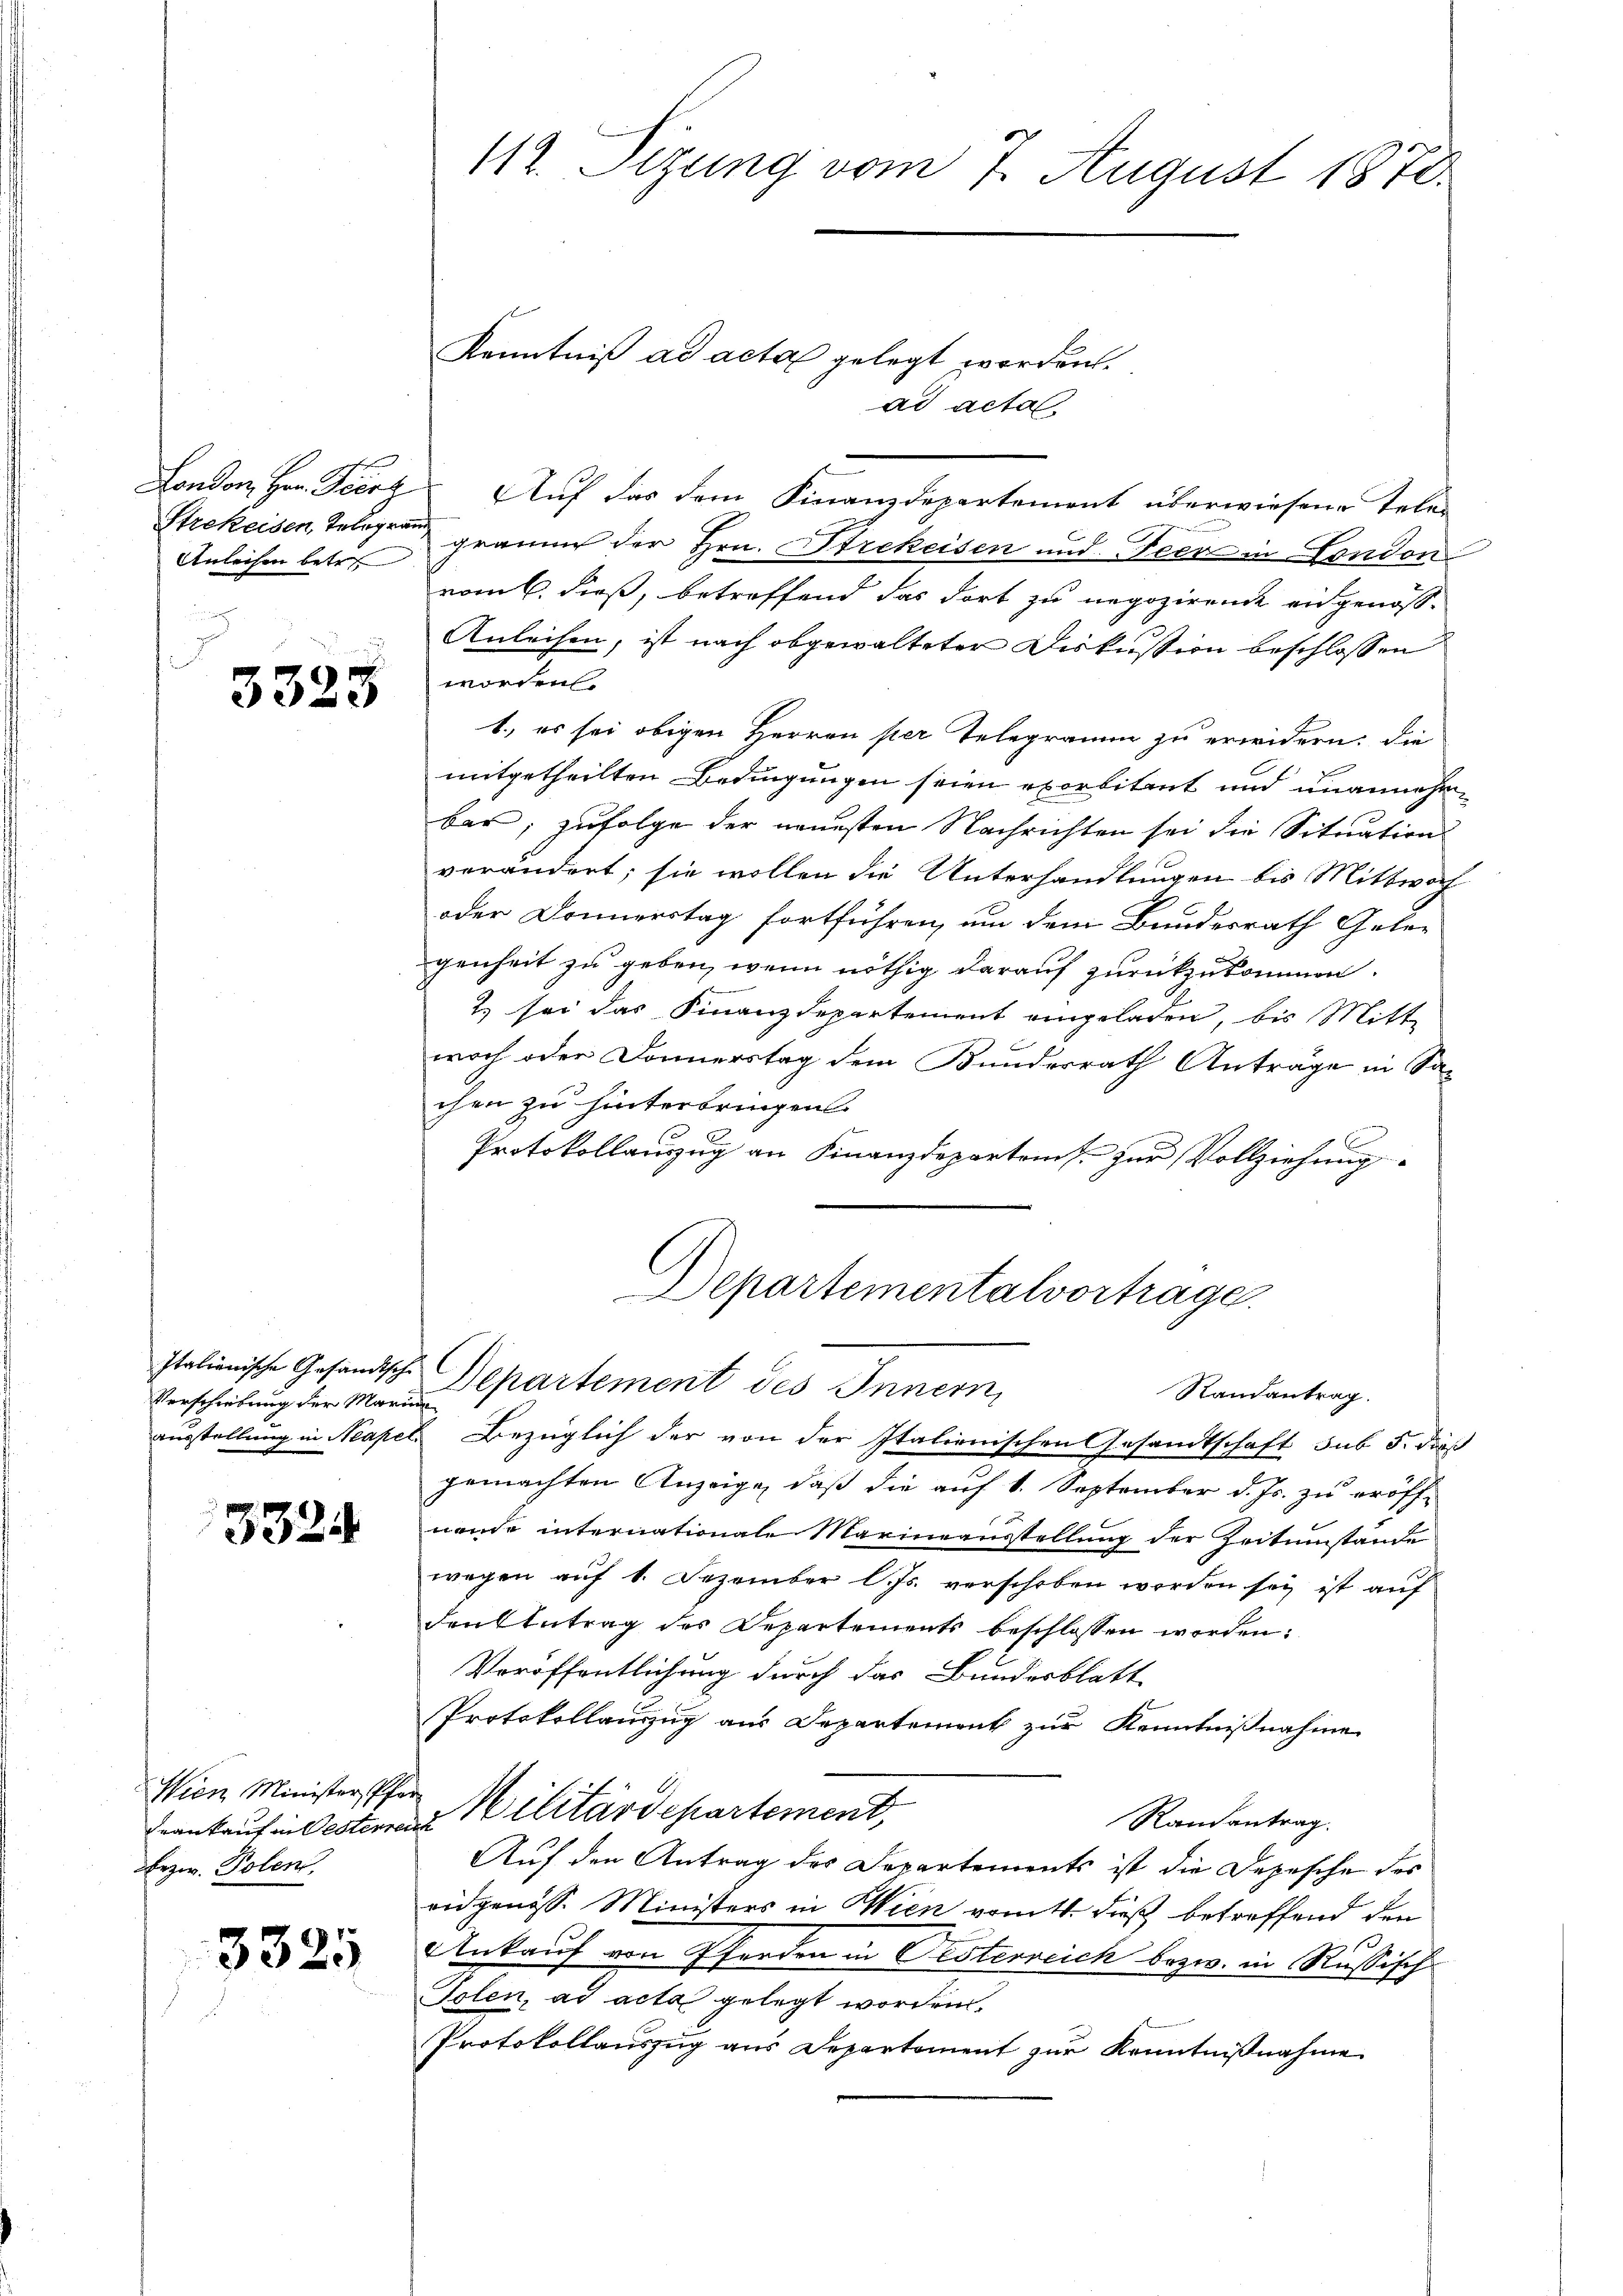
Anleihen betreff

3323

Italienische Gesandtsche
Verschiebung der Marian

3324

Wien Minister, Pf
Frankauf in Oesterre
bezw. Polen.

3325

112. Sitzung vom 7. August 1870.

Kenntniß ad acta gelegt worden.
ad acta
London, Hrn. Fierz. Auf das dem Finanzdepartement überwiesene Telen
Strekeisen, Telegen graum der Hrn. Strekeisen und Feer in London
vom 6. dieß, betreffend das dort zu negozirende eidgenös¬
Anleihen, ist nach abgewalteter Diskussion beschlossen
worden
1., es sei obigen Herren per Telegramm zu erwidern: die
mitgetheilten Bedingungen seien exorbitant und unannehm
bar; zufolge der neuesten Nachrichten sei die Situations
verändert; sie wollen die Unterhandlungen bis Mittwoch
oder Donnerstag fortführen, um dem Bundesrath Gele-
genheit zu geben, wenn nöthig darauf zurückzukommen.
2. sei das Finanzdepartement eingeladen, bis Mitte
woch oder Donnerstag dem Bunderrath Anträge in Sachen zu hinterbringen.
Protokollauzug an Finanzdepartens zur Vollziehung
Departementalvortrage
Departement des Innern
Randantrag.
ausstellung in Neapel, Bezüglich der von der Italienischen Gesandtschaft sub 5. daß
gemachten Anzeige, daß die auf 1. September d. Js. zu eröffnende internationale Marineausstellung der Zeitumstände
wegen auf 1. Dezember l. Js. verschoben worden sey ist auf
den Antrag des Departements beschlossen worden:
Veröffentlichung durch das Bundesblatt
Protokollauszug aus Departement zur Kenntnißnahme
MMilitärdepartement,
Randantrag.
Auf den Antrag des Departements ist die Depesche des
eidgenöss. Ministers in Wien vom 4. dieß betreffend den
Ankauf von Pferden in Gesterreich bezw. in Russisch-
Tolen, ad acta gelegt worden.
Protokollauszug aus Departement zur Kenntnißnahme